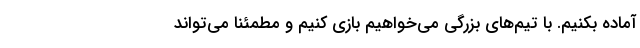
آماده بکنیم. با تیم‌های بزرگی می‌خواهیم بازی کنیم و مطمئنا می‌تواند